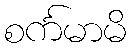
စင်္ကမာမိ